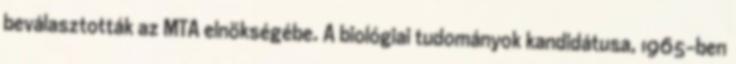
beválasztották az MTA elnökségébe. A biológiai tudományok kandidátusa, 1965-ben